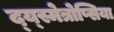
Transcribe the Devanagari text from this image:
द्य्स्मेत्रोप्सिया